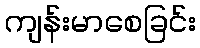
ကျန်းမာစေခြင်း